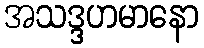
အသဒ္ဒဟမာနော